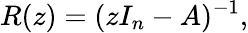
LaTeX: R(z)=(zI_{n}-A)^{-1},